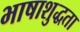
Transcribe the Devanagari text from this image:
भाषाशुद्धता